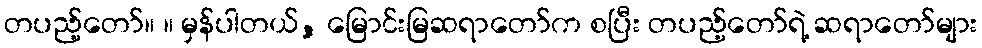
တပည့်တော်။ ။ မှန်ပါတယ်, မြောင်းမြဆရာတော်က စပြီး တပည့်တော်ရဲ့ ဆရာတော်များ